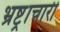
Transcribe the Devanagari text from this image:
भ्रष्ट्राचारी